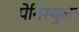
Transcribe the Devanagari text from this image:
पेनिस्युला